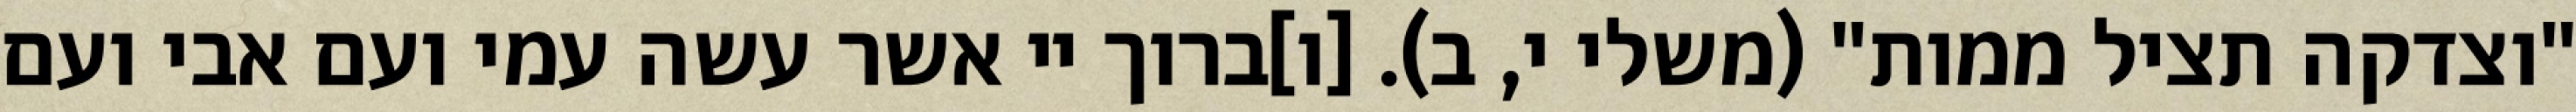
"וצדקה תציל ממות" (משלי י, ב). [ו]ברוך יי אשר עשה עמי ועם אבי ועם